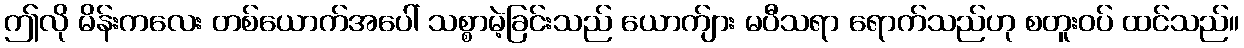
ဤလို မိန်းကလေး တစ်ယောက်အပေါ် သစ္စာမဲ့ခြင်းသည် ယောက်ျား မပီသရာ ရောက်သည်ဟု စတူးဝပ် ထင်သည်။